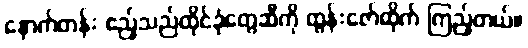
နောက်တန်း ဧည့်သည်ထိုင်ခုံတွေဆီကို ထွန်းဇော်ထိုက် ကြည့်တယ်။